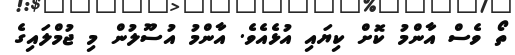
ތޯ ވެސް އާންމު ކޮށް ކިޔައި އުޅެއެވެ. އާންމު އުސޫލުން މި ޖުމްލައިގެ